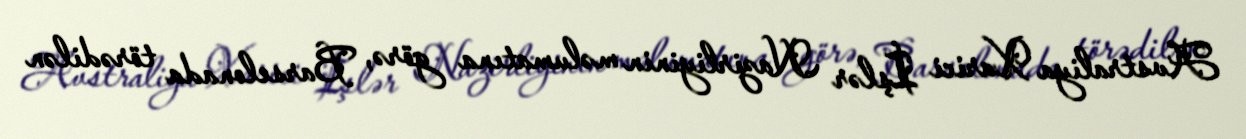
Avstraliya Xarici İşlər Nazirliyinin məlumatına görə, Barselonada törədilən